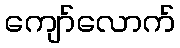
ကျော်လောက်